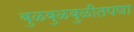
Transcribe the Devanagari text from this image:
बुळबुळबुळीतपणा